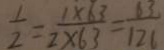
\frac { 1 } { 2 } = \frac { 1 \times 6 3 } { 2 \times 6 3 } = \frac { 6 3 } { 1 2 6 }